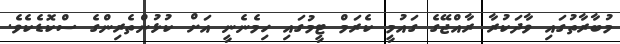
މުބާރާތުގައި ވާދަކުރާ ރާއްޖޭގެ ގައުމީ ކެރަމް ޓީމުގައި ހިމެނެނީ އަށް ކުޅުންތެރިންގެ ސްކޮޑެކެވެ.